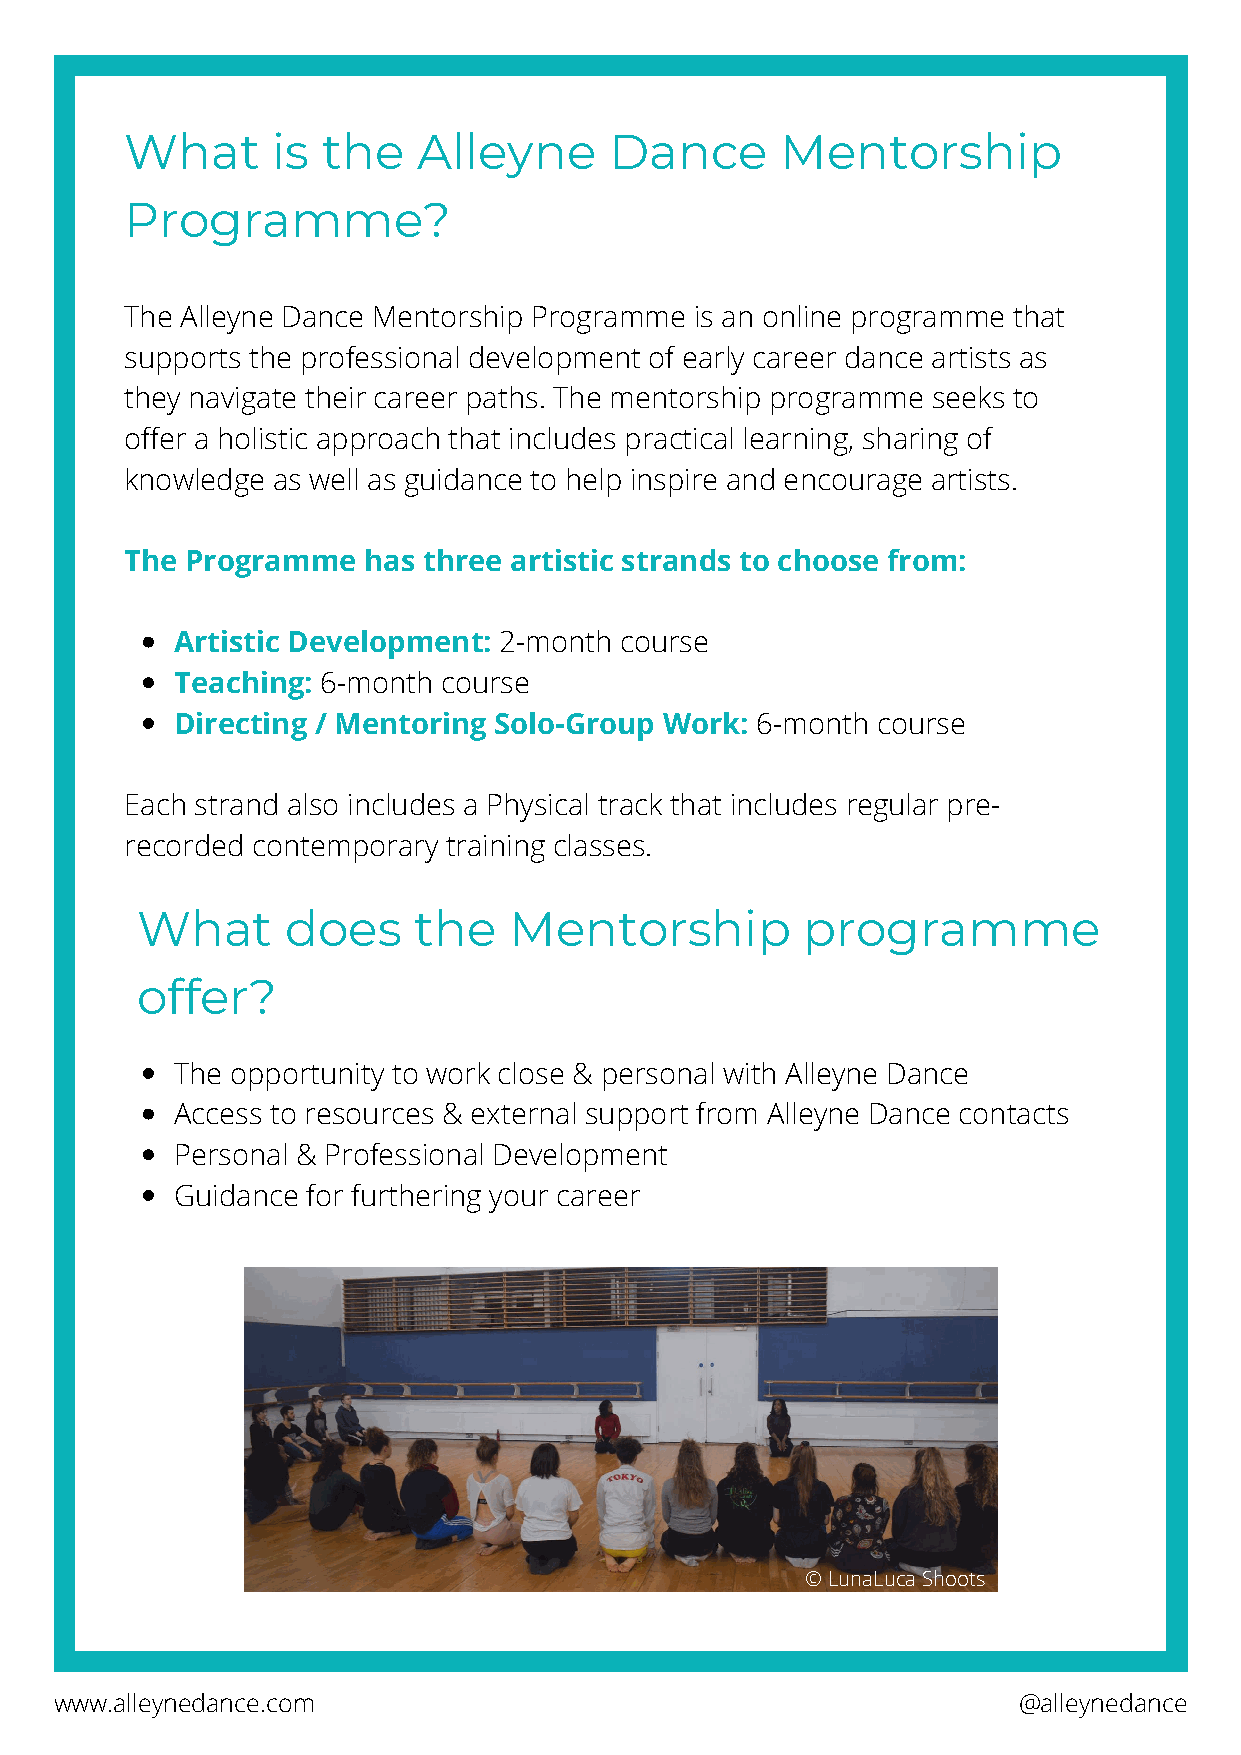
What      is the    Alleyne     Dance       Mentorship
 Programme?
 The Alleyne Dance Mentorship Programme is an online programme that
 supports the professional development of early career dance artists as
 they navigate their career paths. The mentorship programme seeks to
 offer a holistic approach that includes practical learning, sharing of
 knowledge as well as guidance to help inspire and encourage artists.
 The Programme   has three artistic strands to choose from:
 Artistic Development: 2-month course
 Teaching: 6-month course
 Directing / Mentoring Solo-Group Work: 6-month course
 Each strand also includes a Physical track that includes regular pre-
 recorded contemporary training classes.
 What      does    the    Mentorship         programme
 offer?
 The opportunity to work close & personal with Alleyne Dance
 Access to resources & external support from Alleyne Dance contacts
 Personal & Professional Development
 Guidance for furthering your career
 © LunaLuca Shoots
 www.alleynedance.com                                           @alleynedance